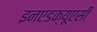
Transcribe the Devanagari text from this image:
इनएडक्यूएसी